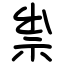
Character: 祟